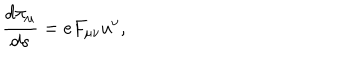
LaTeX: \frac { d \pi _ { \mu } } { d s } = e F _ { \mu \nu } u ^ { \nu } ,